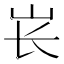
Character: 𱛏